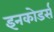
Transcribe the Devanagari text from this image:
इनकोडर्स